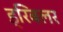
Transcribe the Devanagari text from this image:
ड्रिबलर